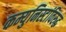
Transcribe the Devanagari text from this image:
कम्युनिस्टांविरुद्ध